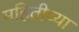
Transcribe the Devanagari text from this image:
महितीच्या